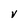
Character: V